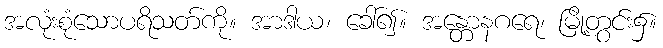
အလုံးစုံသောပရိသတ်ကို။ အာဒါယ၊ ခေါ်၍။ အန္တောနဂရေ၊ မြို့တွင်း၌။